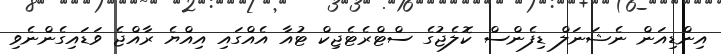
އިންޑިއަން ނެޝަނަލް ޑިފެންސް ކޮލެޖުގެ ސްޓްރެޓެޖިކް ޓުއާ އެއްގައި އިއްޔެ ރާއްޖެ ވަޑައިގެންނެވި